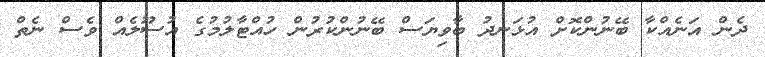
ދެން އަނެއްކާ ބޭނުންކޮށް އުޅަނދު ބާވިޔަސް ބޭނުންކުރުން ހުއްޓާލުމުގެ އުސޫލެއް ވެސް ނެތް